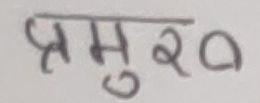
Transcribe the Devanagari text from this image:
प्रमु२0